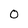
Character: 0